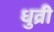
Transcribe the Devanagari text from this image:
धुव्री